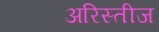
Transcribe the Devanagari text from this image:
अरिस्तीज